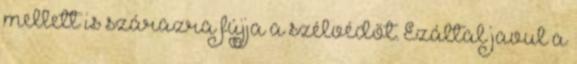
mellett is szárazra fújja a szélvédőt. Ezáltal javul a